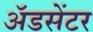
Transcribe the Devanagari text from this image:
ॲडसेंटर